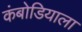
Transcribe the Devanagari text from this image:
कंबोडियाला